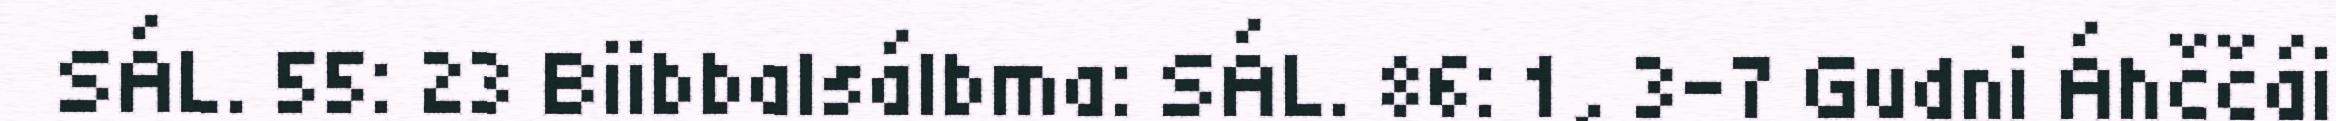
SÁL. 55: 23 Biibbalsálbma: SÁL. 86: 1, 3–7 Gudni Áhččái